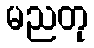
မညတု